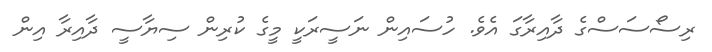
ރިސޯސަސްގެ ދާއިރާގަ އެވެ. ހުސައިން ނަސީރަކީ މީގެ ކުރިން ސިޔާސީ ދާއިރާ އިން